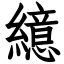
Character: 繶